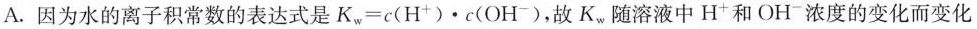
A.因为水的离子积常数的表达式是$$K_{w}=c(H^{+})\cdots c(OH^{-})$$，故K_{w}随溶液中H^{+}和OH^{-}浓度的变化而变化